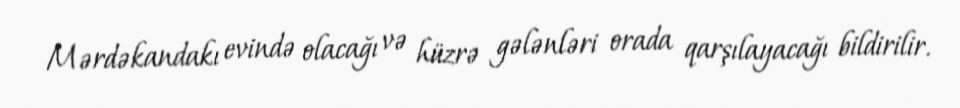
Mərdəkandakı evində olacağı və hüzrə gələnləri orada qarşılayacağı bildirilir.